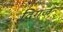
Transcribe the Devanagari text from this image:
दिगज